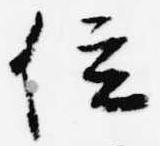
位